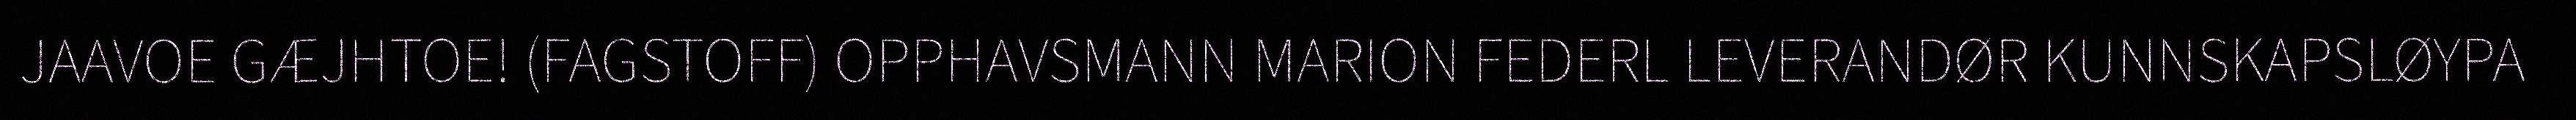
JAAVOE GÆJHTOE! (FAGSTOFF) OPPHAVSMANN MARION FEDERL LEVERANDØR KUNNSKAPSLØYPA